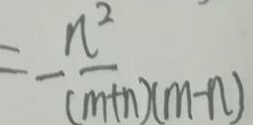
= - \frac { n ^ { 2 } } { ( m + n ) ( m - n ) }